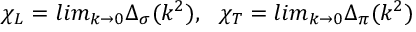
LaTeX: \chi _ { L } = l i m _ { k \rightarrow 0 } \Delta _ { \sigma } ( k ^ { 2 } ) , \ \ \chi _ { T } = l i m _ { k \rightarrow 0 } \Delta _ { \pi } ( k ^ { 2 } )